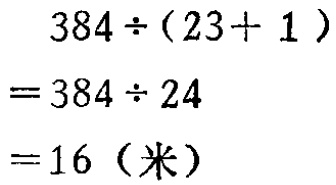
\[

\begin{align*}

&384\div(23 + 1)\\

=&384\div24\\

=&16 (\text{米})

\end{align*}

\]